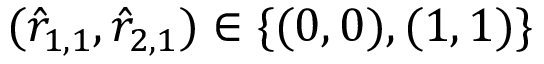
( \hat { r } _ { 1 , 1 } , \hat { r } _ { 2 , 1 } ) \in \{ ( 0 , 0 ) , ( 1 , 1 ) \}